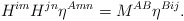
\begin{align*}H^{im}H^{jn}\eta^{Amn} = {M}^{AB}\eta^{Bij}.\end{align*}